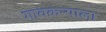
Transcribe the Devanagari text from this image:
गावकर्‍याला